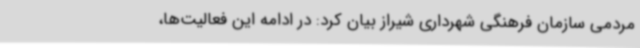
مردمی سازمان فرهنگی شهرداری شیراز بیان کرد: در ادامه این فعالیت‌ها،